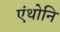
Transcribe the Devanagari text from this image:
एंथोनि